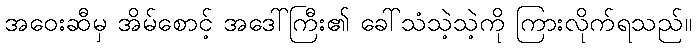
အဝေးဆီမှ အိမ်စောင့် အဒေါ်ကြီး၏ ခေါ်သံသဲ့သဲ့ကို ကြားလိုက်ရသည်။